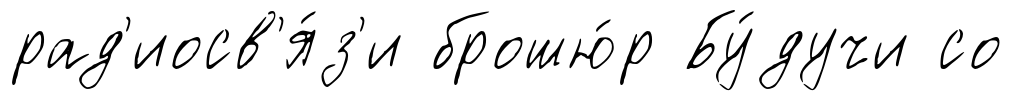
рад'иосв'я́з'и брошю́р Бу́дучи со